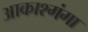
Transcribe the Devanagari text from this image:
आकाश्गंगा